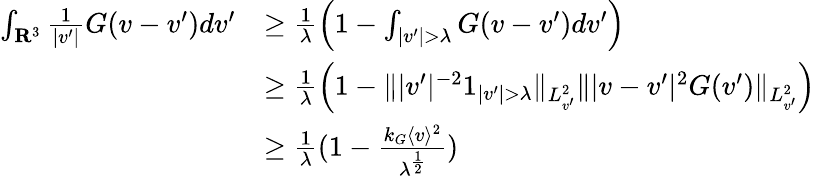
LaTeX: \begin{array}{rl}{\int_{\mathbf R^{3}}\frac{1}{|v^{\prime}|}G(v-v^{\prime})dv^{\prime}}&{\geq\frac{1}{\lambda}\left(1-\int_{|v^{\prime}|>\lambda}G(v-v^{\prime})dv^{\prime}\right)}\\ &{\geq\frac{1}{\lambda}\left(1-\| |v^{\prime}|^{-2}1_{|v^{\prime}|>\lambda}\| _{L_{v^{\prime}}^{2}}\| |v-v^{\prime}|^{2}G(v^{\prime})\| _{L_{v^{\prime}}^{2}}\right)}\\ &{\geq\frac{1}{\lambda}(1-\frac{k_{G}\langle v\rangle^{2}}{\lambda^{\frac{1}{2}}})}\end{array}